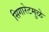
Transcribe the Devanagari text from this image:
सिगारेटमुळे